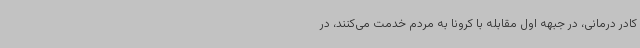
کادر درمانی، در جبهه اول مقابله با کرونا به مردم خدمت می‌کنند، در